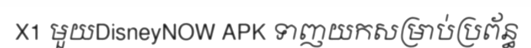
X1 មួយDisneyNOW APK ទាញយកសម្រាប់ប្រព័ន្ធ